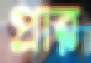
প্রার